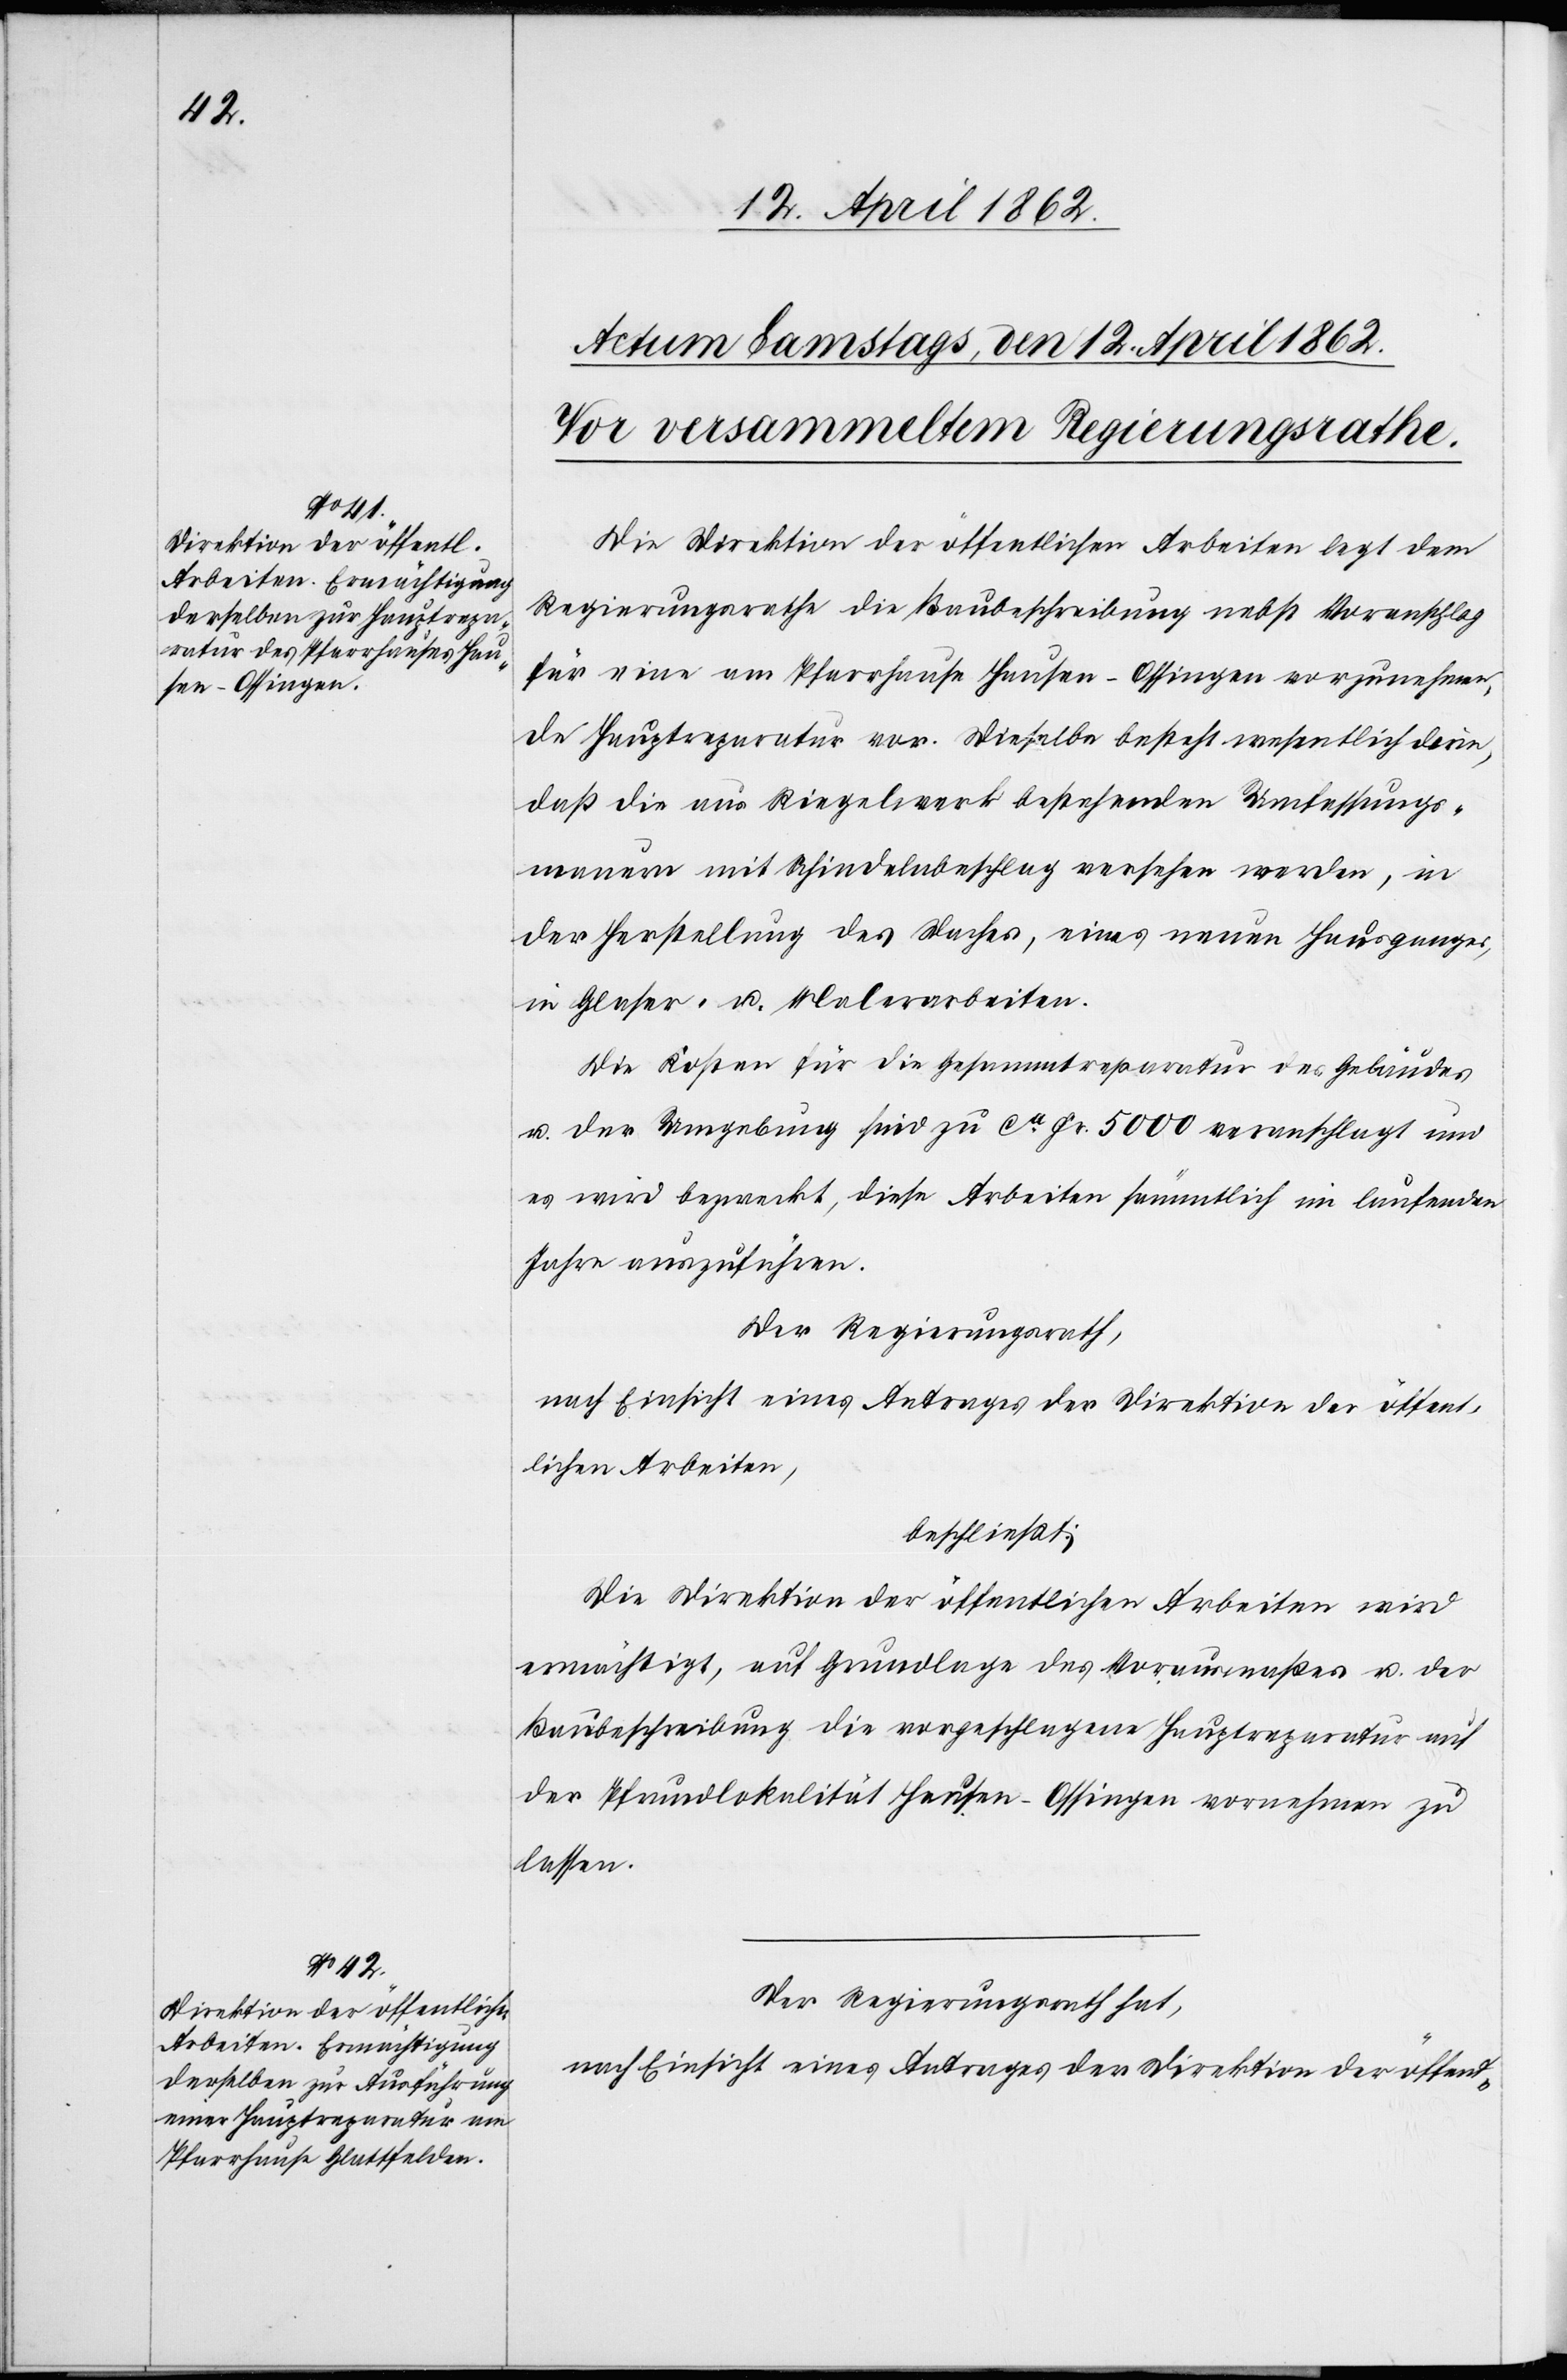
Die Direktion der öffentlichen Arbeiten legt dem
Regierungsrathe die Baubeschreibung nebst Voranschlag
für eine am Pfarrhause Hausen-Ossingen vorzunehmen¬
de Hauptreparatur vor. Dieselbe besteht wesentlich darin,
daß die aus Riegelwerk bestehenden Umfassungs¬
mauern mit Schindelnbeschlag versehen werden, in
der Herstellung des Daches, eines neuen Hausganges,
in Glaser- u. Malerarbeiten.
Die Kosten für die Gesammtreparatur des Gebäudes
u. der Umgebung sind zu ca. Fr. 5000 veranschlagt und
es wird bezweckt, diese Arbeiten sämmtlich im laufenden
Jahre auszuführen.
Der Regierungsrath,
nach Einsicht eines Antrages der Direktion der öffent¬
lichen Arbeiten,
beschließt:
Die Direktion der öffentlichen Arbeiten wird
ermächtigt, auf Grundlage des Vorausmaßes u. der
Baubeschreibung die vorgeschlagene Hauptreparatur auf
der Pfrundlokalität Hausen-Ossingen vornehmen zu
lassen.
Der Regierungsrath hat,
nach Einsicht eines Antrages der Direktion der öffent-